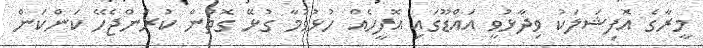
މީރާގެ އޮފިޝަލަކު ވިދާޅުވީ އައްޑޫގައި އޮފީހެއް ހުޅުވުމާ ގުޅޭ ގޮތުން ކުރަންޖެހޭ ކަންކަން